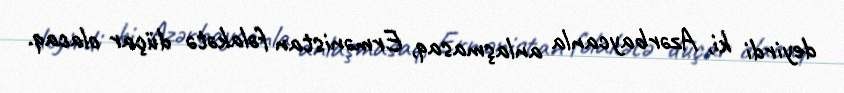
deyirdi ki, Azərbaycanla anlaşmasaq, Ermənistan fəlakətə düçar olacaq.